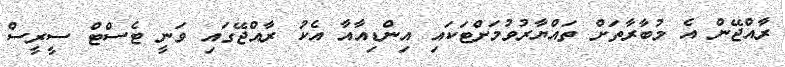
ރާއްޖޭން އެ މުބާރާތަށް ތައްޔާރުވުމަށްޓަކައި އިންޑިއާއާ އެކު ރާއްޖޭގައި ވަނީ ޓެސްޓް ސީރީސް